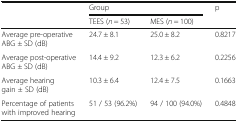
| <ROWSPAN=2>  | <COLSPAN=2> Group | <ROWSPAN=2> p |
 | TEES (n = 53) | MES (n = 100) |
 | --- | --- | --- | --- |
 | Average pre-operative ABG ± SD (dB) | 24.7 ± 8.1 | 25.0 ± 8.2 | 0.8217 |
 | Average post-operative ABG ± SD (dB) | 14.4 ± 9.2 | 12.3 ± 6.2 | 0.2256 |
 | Average hearing gain ± SD (dB) | 10.3 ± 6.4 | 12.4 ± 7.5 | 0.1663 |
 | Percentage of patients with improved hearing | 51 / 53 (96.2%) | 94 / 100 (94.0%) | 0.4848 |